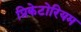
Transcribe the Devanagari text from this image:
प्रिकेटोरियम